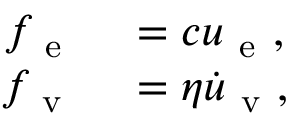
\begin{array} { r l } { f _ { \mathrm { ~ e ~ } } } & { { } = c u _ { \mathrm { ~ e ~ } } , } \\ { f _ { \mathrm { ~ v ~ } } } & { { } = \eta \dot { u } _ { \mathrm { ~ v ~ } } , } \end{array}